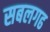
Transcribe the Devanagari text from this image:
सबलगढ